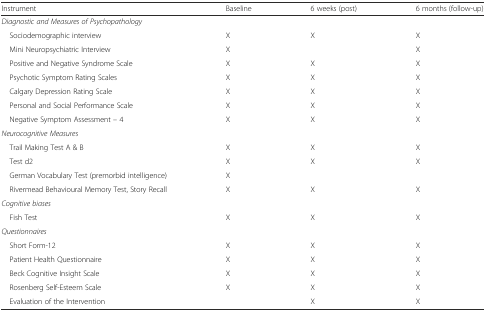
<table><thead><tr><td><b>Instrument</b></td><td><b>Baseline</b></td><td><b>6 weeks (post)</b></td><td><b>6 months (follow-up)</b></td></tr></thead><tbody><tr><td><i>Diagnostic and Measures of Psychopathology</i></td><td>[EMPTY_CELL]</td><td>[EMPTY_CELL]</td><td>[EMPTY_CELL]</td></tr><tr><td> Sociodemographic interview</td><td>X</td><td>X</td><td>X</td></tr><tr><td> Mini Neuropsychiatric Interview</td><td>X</td><td>[EMPTY_CELL]</td><td>X</td></tr><tr><td> Positive and Negative Syndrome Scale</td><td>X</td><td>X</td><td>X</td></tr><tr><td> Psychotic Symptom Rating Scales</td><td>X</td><td>X</td><td>X</td></tr><tr><td> Calgary Depression Rating Scale</td><td>X</td><td>X</td><td>X</td></tr><tr><td> Personal and Social Performance Scale</td><td>X</td><td>X</td><td>X</td></tr><tr><td> Negative Symptom Assessment – 4</td><td>X</td><td>X</td><td>X</td></tr><tr><td><i>Neurocognitive Measures</i></td><td>[EMPTY_CELL]</td><td>[EMPTY_CELL]</td><td>[EMPTY_CELL]</td></tr><tr><td> Trail Making Test A &amp; B</td><td>X</td><td>X</td><td>X</td></tr><tr><td> Test d2</td><td>X</td><td>X</td><td>X</td></tr><tr><td> German Vocabulary Test (premorbid intelligence)</td><td>X</td><td>[EMPTY_CELL]</td><td>[EMPTY_CELL]</td></tr><tr><td> Rivermead Behavioural Memory Test, Story Recall</td><td>X</td><td>X</td><td>X</td></tr><tr><td><i>Cognitive biases</i></td><td>[EMPTY_CELL]</td><td>[EMPTY_CELL]</td><td>[EMPTY_CELL]</td></tr><tr><td> Fish Test</td><td>X</td><td>X</td><td>X</td></tr><tr><td><i>Questionnaires</i></td><td>[EMPTY_CELL]</td><td>[EMPTY_CELL]</td><td>[EMPTY_CELL]</td></tr><tr><td> Short Form-12</td><td>X</td><td>X</td><td>X</td></tr><tr><td> Patient Health Questionnaire</td><td>X</td><td>X</td><td>X</td></tr><tr><td> Beck Cognitive Insight Scale</td><td>X</td><td>X</td><td>X</td></tr><tr><td> Rosenberg Self-Esteem Scale</td><td>X</td><td>X</td><td>X</td></tr><tr><td> Evaluation of the Intervention</td><td>[EMPTY_CELL]</td><td>X</td><td>X</td></tr></tbody></table>